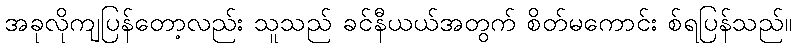
အခုလိုကျပြန်တော့လည်း သူသည် ခင်နီယယ်အတွက် စိတ်မကောင်း စ်ရပြန်သည်။